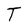
Character: T